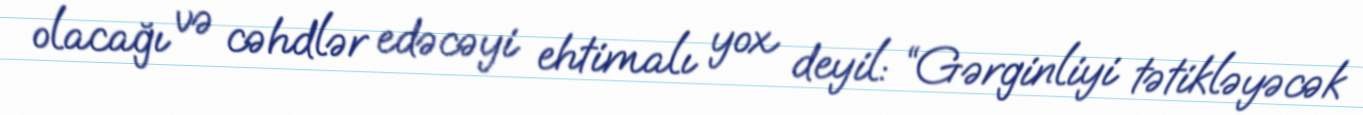
olacağı və cəhdlər edəcəyi ehtimalı yox deyil: “Gərginliyi tətikləyəcək